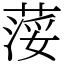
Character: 𦷪